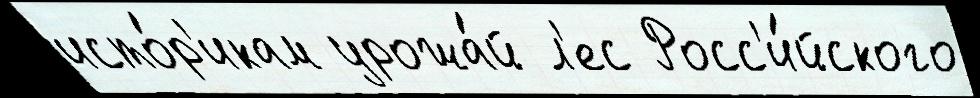
исто́р'икам урожа́й л'ес Росс'и́йского